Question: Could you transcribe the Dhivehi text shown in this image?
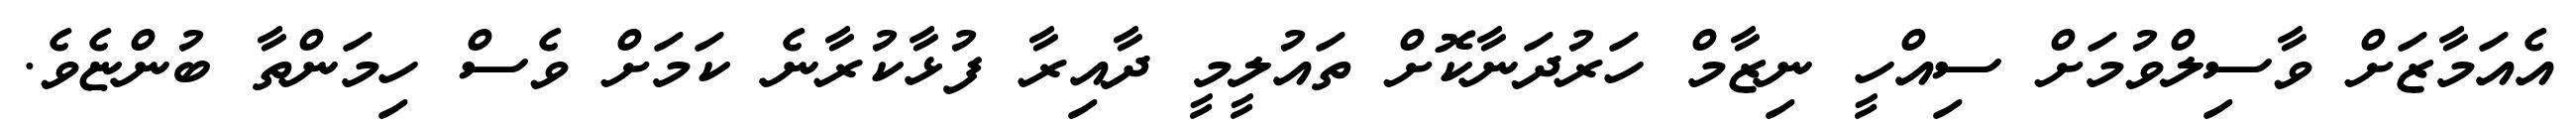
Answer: އެއަމާޒަށް ވާސިލްވުމަށް ސިއްހީ ނިޒާމް ހަރުދަނާކޮށް ތައުލީމީ ދާއިރާ ފުޅާކުރާނެ ކަމަށް ވެސް ހިމަންތާ ބުންޏެވެ.